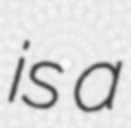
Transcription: is a